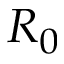
R _ { 0 }